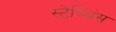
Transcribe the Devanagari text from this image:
स्टेब्बिंस